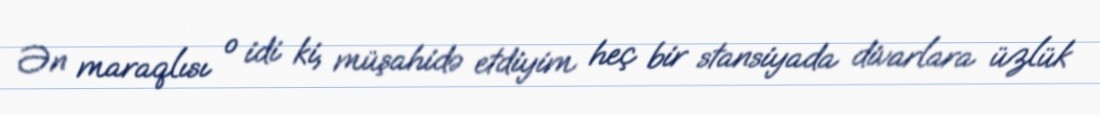
Ən maraqlısı o idi ki, müşahidə etdiyim heç bir stansiyada divarlara üzlük